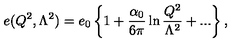
e ( Q ^ { 2 } , \Lambda ^ { 2 } ) = e _ { 0 } \left\{ 1 + \frac { \alpha _ { 0 } } { 6 \pi } \ln \frac { Q ^ { 2 } } { \Lambda ^ { 2 } } + . . . \right\} ,